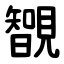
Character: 䚐